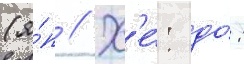
(я́п // Х'е́: до́: